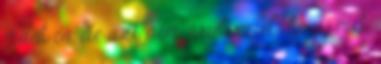
mást is, de azt nem árulom el, hogy mit.